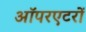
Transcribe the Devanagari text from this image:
ऑपरएटरों